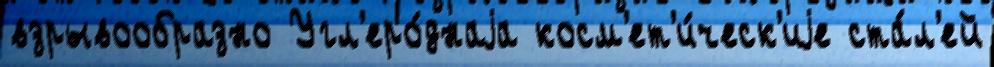
взрывообразно Угл'еро́днаjа косм'ет'и́ческ'иjе ста́л'ей